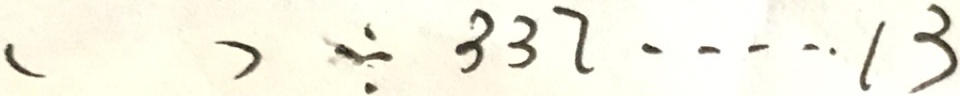
( ) \div 3 3 7 \cdots 1 3